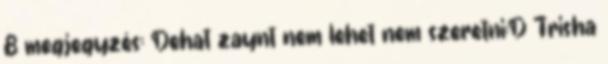
8 megjegyzés: Dehat zaynt nem lehet nem szeretni:D Trisha